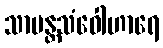
သာမန္တသံဝေါဟာရေ